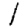
Digit: 1